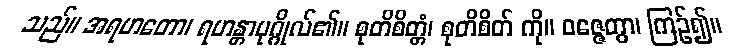
သည်။ အရဟတော၊ ရဟန္တာပုဂ္ဂိုလ်၏။ စုတိစိတ္တံ၊ စုတိစိတ် ကို။ ဝဇ္ဇေတွာ၊ ကြဉ်၍။